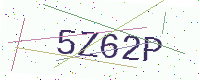
Text: 5Z62P